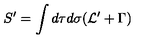
S ^ { \prime } = \int d \tau d \sigma ( { \cal L } ^ { \prime } + \Gamma )